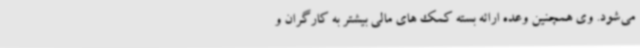
می‌شود. وی همچنین وعده ارائه بسته کمک های مالی بیشتر به کارگران و